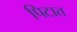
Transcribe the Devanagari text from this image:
पिटात